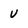
Character: U